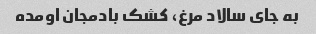
به جای سالاد مرغ، کشک بادمجان اومده